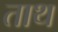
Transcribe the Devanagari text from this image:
ताथ